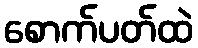
စောက်ပတ်ထဲ